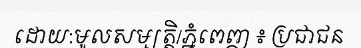
ដោយ:មូលសម្បត្តិ/ភ្នំពេញ ៖ ប្រជាជន